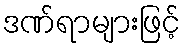
ဒဏ်ရာများဖြင့်